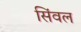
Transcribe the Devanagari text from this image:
सिंवल